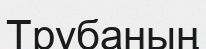
Трубаның